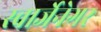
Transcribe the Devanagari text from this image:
स्वार्जेनेगर